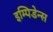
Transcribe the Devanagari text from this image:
इम्पिडेन्स